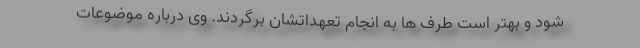
شود و بهتر است طرف ها به انجام تعهداتشان برگردند. وی درباره موضوعات